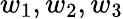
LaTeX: w_{1},w_{2},w_{3}